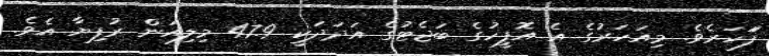
ފަަހަރެވެ. މިއަހަރުގެ އެ އޮފީހުގެ ބަޖެޓުގެ އަދަދަކީ 47.9 މިލިއަން ރުފިޔާ އެވެ.